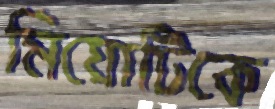
মিয়োটিকে